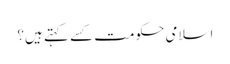
اسلامی حکومت کسے کہتے ہیں؟